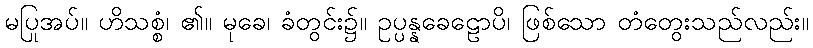
မပြုအပ်။ ဟိသစ္စံ၊ ၏။ မုခေ၊ ခံတွင်း၌။ ဥပ္ပန္နခေဠောပိ၊ ဖြစ်သော တံတွေးသည်လည်း။